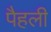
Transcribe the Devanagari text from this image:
पैहली